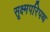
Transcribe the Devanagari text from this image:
सूक्ष्मपरिपथ